Proceedings of the meeting of veterinary officers in India
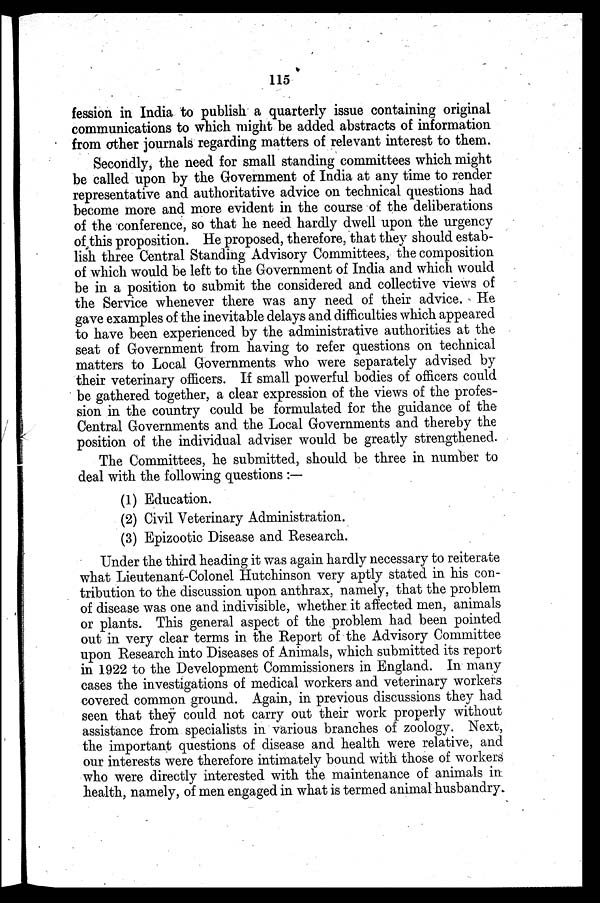
115
fession in India to publish a quarterly issue containing original
communications to which might be added abstracts of information
from other journals regarding matters of relevant interest to them.
Secondly, the need for small standing committees which might
be called upon by the Government of India at any time to render
representative and authoritative advice on technical questions had
become more and more evident in the course of the deliberations
of the conference, so that he need hardly dwell upon the urgency
of this proposition. He proposed, therefore, that they should estab-
lish three Central Standing Advisory Committees, the composition
of which would be left to the Government of India and which would
be in a position to submit the considered and collective views of
the Service whenever there was any need of their advice. He
gave examples of the inevitable delays and difficulties which appeared
to have been experienced by the administrative authorities at the
seat of Government from having to refer questions on technical
matters to Local Governments who were separately advised by
their veterinary officers. If small powerful bodies of officers could
be gathered together, a clear expression of the views of the profes-
sion in the country could be formulated for the guidance of the
Central Governments and the Local Governments and thereby the
position of the individual adviser would be greatly strengthened.
The Committees, he submitted, should be three in number to
deal with the following questions :—
(1) Education.
(2) Civil Veterinary Administration.
(3) Epizootic Disease and Research.
Under the third heading it was again hardly necessary to reiterate
what Lieutenant-Colonel Hutchinson very aptly stated in his con-
tribution to the discussion upon anthrax, namely, that the problem
of disease was one and indivisible, whether it affected men, animals
or plants. This general aspect of the problem had been pointed
out in very clear terms in the Report of the Advisory Committee
upon Research into Diseases of Animals, which submitted its report
in 1922 to the Development Commissioners in England. In many
cases the investigations of medical workers and veterinary workers
covered common ground. Again, in previous discussions they had
seen that they could not carry out their work properly without
assistance from specialists in various branches of zoology. Next,
the important questions of disease and health were relative, and
our interests were therefore intimately bound with those of workers
who were directly interested with the maintenance of animals in
health, namely, of men engaged in what is termed animal husbandry.